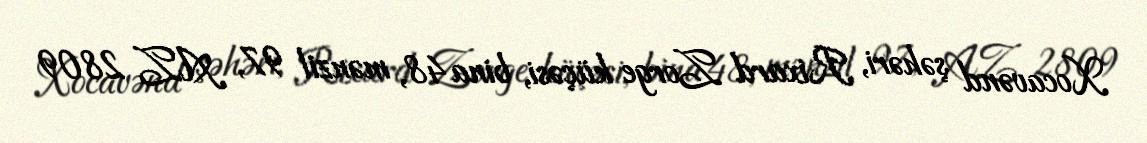
Xocavənd şəhəri, Rixard Zorge küçəsi, bina 48, mənzil 97, AZ 2809